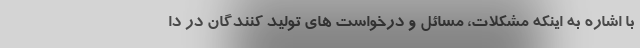
با اشاره به اینکه مشکلات، مسائل و درخواست های تولید کنندگان در دا